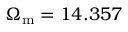
\Omega _ { \mathrm { m } } = 1 4 . 3 5 7